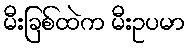
မီးခြစ်ထဲက မီးဥပမာ